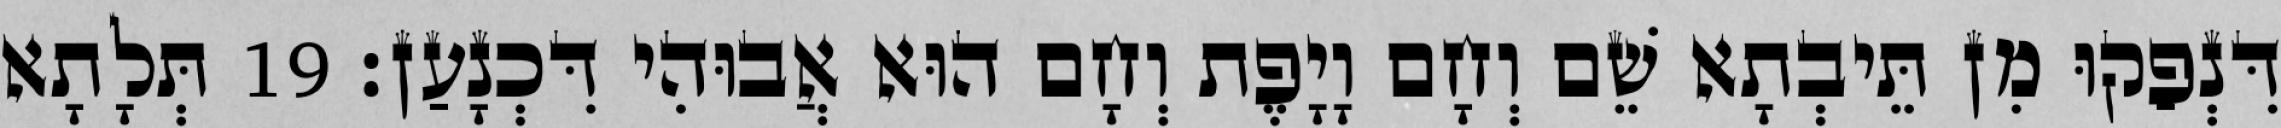
דִּנְפַקוּ מִן תֵּיבְתָא שֵׁם וְחָם וָיָפֶת וְחָם הוּא אֲבוּהִי דִּכְנָעַן׃ 19 תְּלָתָא